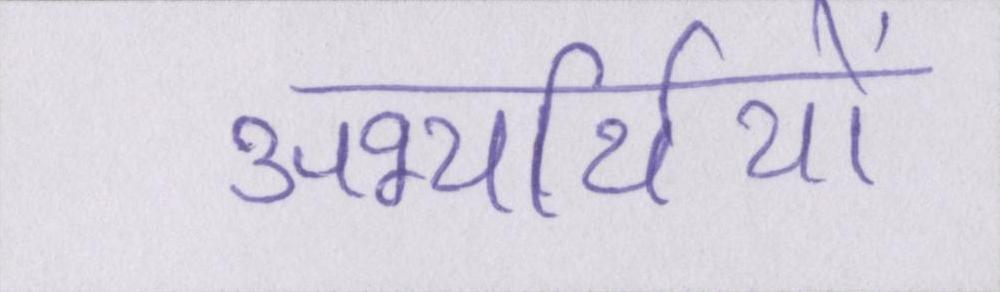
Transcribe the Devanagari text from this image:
अभ्यर्थियों